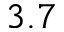
3 . 7